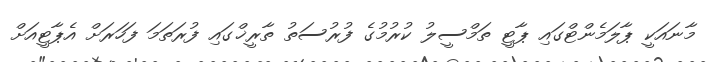
މާނައަކީ ޕާލަމެންޓްގައި ޕާޓީ ތަމްސީލު ކުރުމުގެ ފުރުސަތު ތާރީޚްގައި ފުރަތަމަ ފަހަރަށް އެޕާޓީއަށް